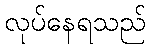
လုပ်နေရသည်